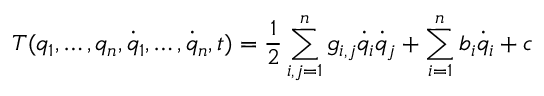
T ( q _ { 1 } , \dots , q _ { n } , { \dot { q } } _ { 1 } , \dots , { \dot { q } } _ { n } , t ) = \frac { 1 } { 2 } \sum _ { i , j = 1 } ^ { n } g _ { i , j } { \dot { q } } _ { i } { \dot { q } } _ { j } + \sum _ { i = 1 } ^ { n } b _ { i } { \dot { q } } _ { i } + c